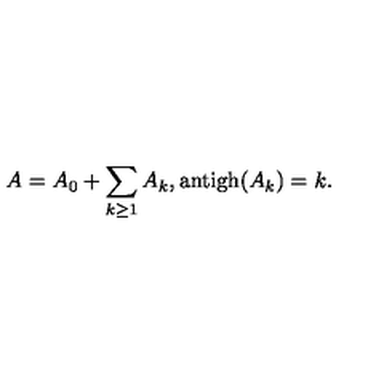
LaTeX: A = A _ { 0 } + \sum _ { k \geq 1 } A _ { k } \mathrm { , a n t i g h } ( A _ { k } ) = k .